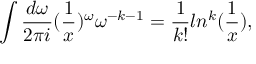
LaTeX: \int \frac { d \omega } { 2 \pi i } ( \frac { 1 } { x } ) ^ { \omega } \omega ^ { - k - 1 } = \frac { 1 } { k ! } l n ^ { k } ( \frac { 1 } { x } ) ,